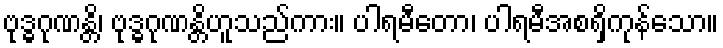
ဗုဒ္ဓဂုဏန္တိ၊ ဗုဒ္ဓဂုဏန္တိဟူသည်ကား။ ပါရမီတော၊ ပါရမီအစရှိကုန်သော။